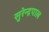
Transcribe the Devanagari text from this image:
सुरेन्द्रपाल